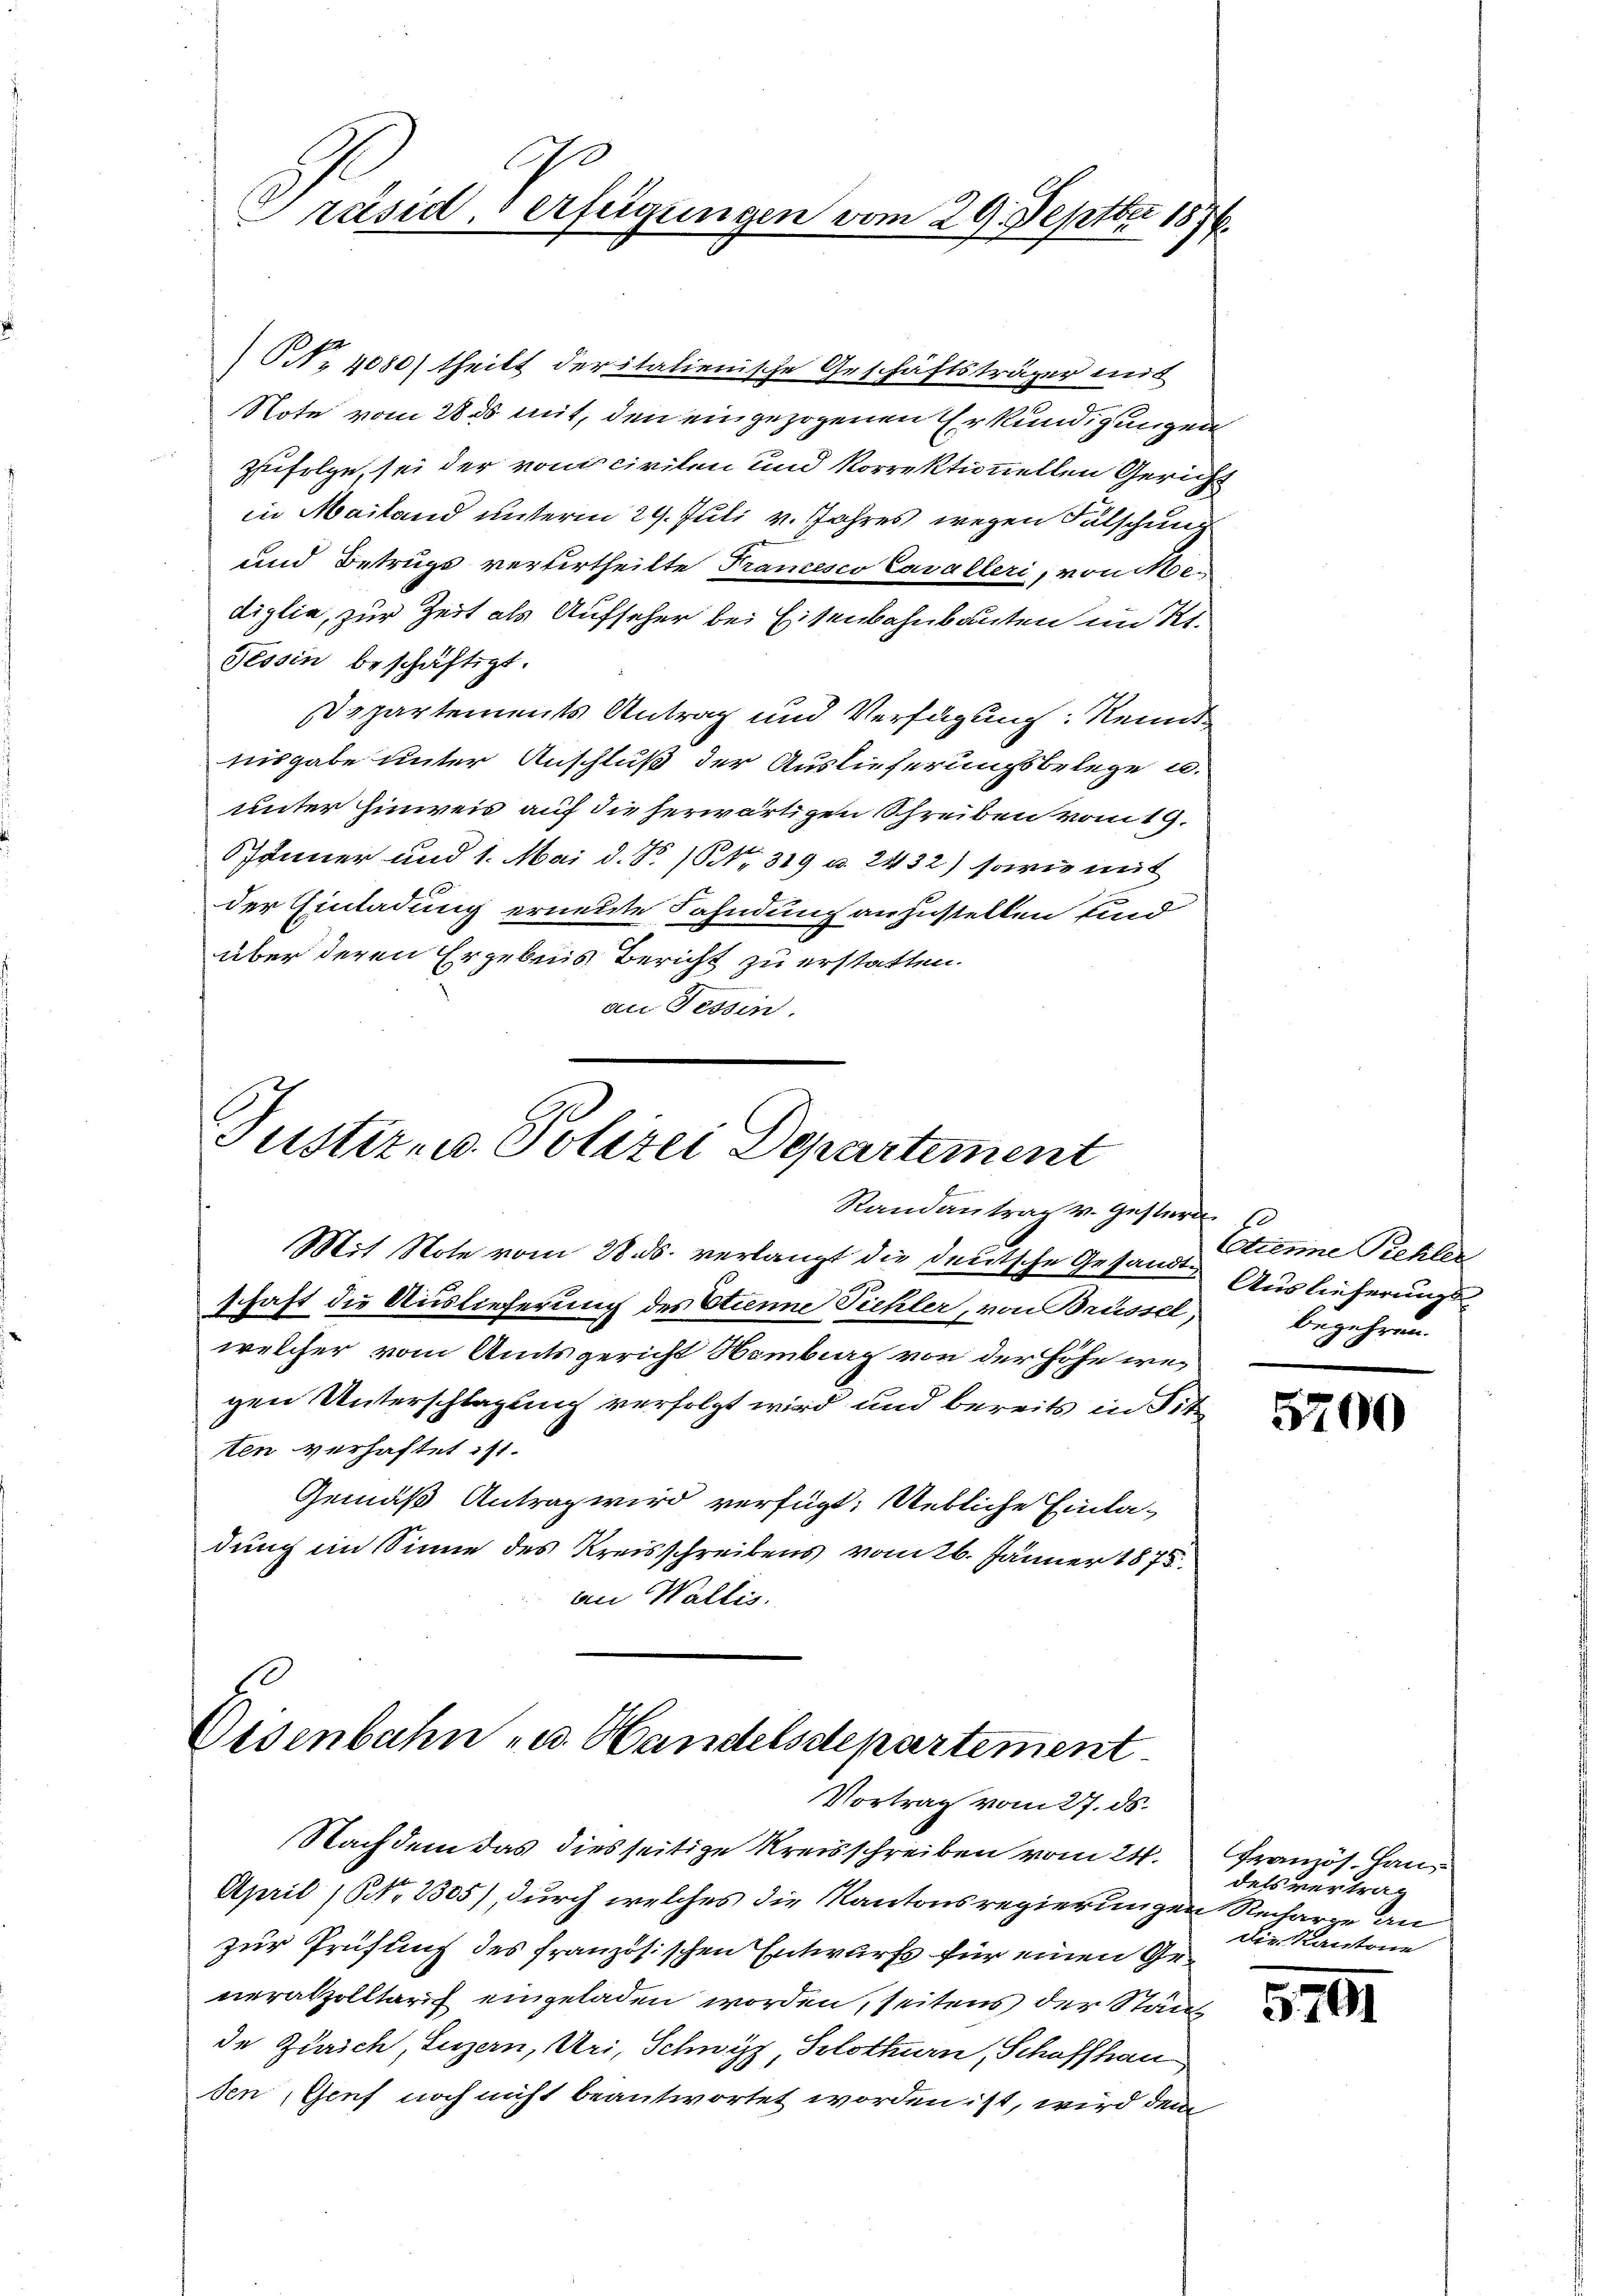
Justiz- u. Polizei Departement
Randantrag v. Gestern

0
Präsid. Verfügungen vom 29. Septbr 1876.

No 4080) theilt der italienische Geschäftsträger mit
Note vom 28 ds mit, den eingezogenen Erkundigungen
¬
zufolge, sei der von civilen und korrektionellen Gericht
in Mailand unterm 29. Juli v. Jahres wegen Fälschung
und Betrugs vertertheilte Tramesco Cavalleri, von Mediglia, zur Zeit als Aufseher bei Eisenbahnbauten im Kt.
Tessin beschäftigt.
Departements Antrag und Verfügung: Kennt
aisgabe unter Anschluß der Auslieferungsbelege u.
unter Hinweis auf die herwärtigen Schreiben vom 19.
SJänner und 1. Mai d. S. 10 NNo. 319 u. 2432) sowie mit
der Einladung erneute Fahndung anzustellen und
über deren Ergebnis Bericht zu erstatten.
an Tessin.

Mit Note vom 28. ds. verlangt die deutsche Gesandtschaft die Auslieferung des Etienne Pichler, von Brüssel,
welcher vom Amtsgericht Nambiag von der Höhe wegen Unterschlagung verfolgt wird und bereits in Sit
ten verhaftet ist.
Gemäß Antrag wird verfügt: Uebliche Einla-
dung im Sinne des Kreisschreibens vom 26. Jänner 1875.
an Wallis.

Eisenbahn u. Handelsdepartement
Vortrag vom 27. ds.

Nachdem das diesseitige Kreisschreiben vom 21.
April (NNo. 2305), durch welches die Kantonsregierungen Recharze an
zur Prüfung des französischen Entwurfs für einen Generalzolltar eingeladen worden, seitens der Stände Zürich, Luzern, Uri, Schwyz, Solothurn, Schaffhau
den, Genf noch nicht beantwortet worden ist, wird dem

Etienne Pichler
Auslieferung
begehren.

5700

Französ. Han
dels vertrag
Die Kantone

5701